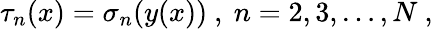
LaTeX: \tau_{n}(x)=\sigma_{n}(y(x))\ ,\ n=2,3,\ldots,N\ ,